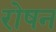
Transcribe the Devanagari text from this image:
रोषन